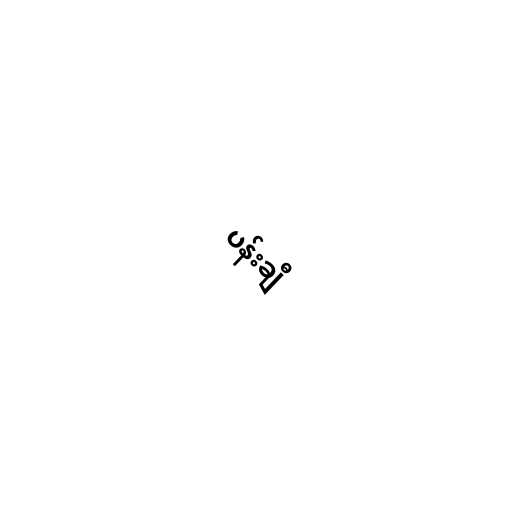
ပန်းချီ